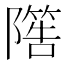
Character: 𨼵